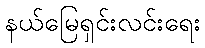
နယ်မြေရှင်းလင်းရေး